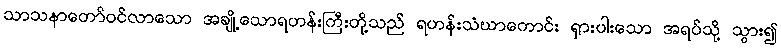
သာသနာတော်ဝင်လာသော အချို့သောရဟန်းကြီးတို့သည် ရဟန်းသံဃာကောင်း ရှားပါးသော အရပ်သို့ သွား၍